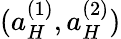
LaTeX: (a_{H}^{(1)},a_{H}^{(2)})